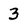
Character: 3